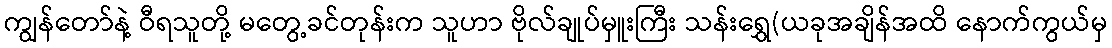
ကျွန်တော်နဲ့ ဝီရသူတို့ မတွေ့ခင်တုန်းက သူဟာ ဗိုလ်ချုပ်မှူးကြီး သန်းရွှေ(ယခုအချိန်အထိ နောက်ကွယ်မှ